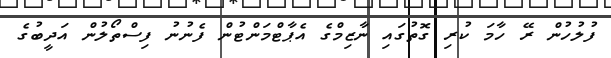
ފުލުހުން ރޭ ހާމަ ކުރި ގޮތުގައި ނާޒިމްގެ އެޕާޓްމަންޓުން ފެނުނު ފިސްތޯލުން އަދީބުގެ